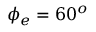
\phi _ { e } = 6 0 ^ { o }